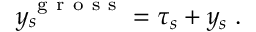
y _ { s } ^ { \mathrm { ~ g ~ r ~ o ~ s ~ s ~ } } = \tau _ { s } + y _ { s } \; .